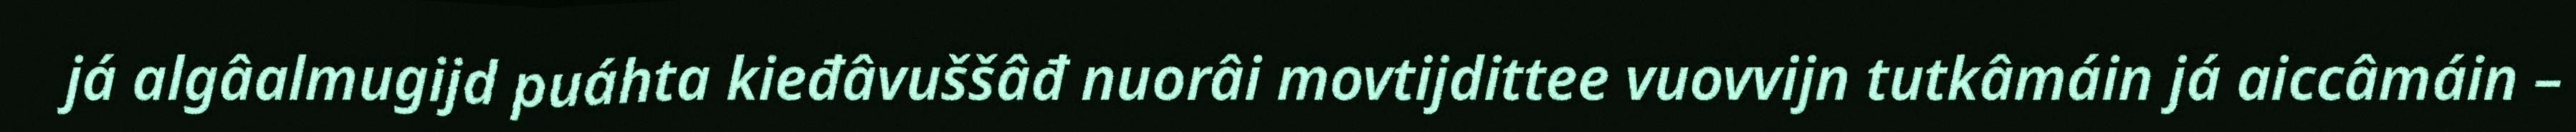
já algâalmugijd puáhta kieđâvuššâđ nuorâi movtijdittee vuovvijn tutkâmáin já aiccâmáin –